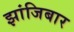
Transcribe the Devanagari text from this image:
झांजिबार